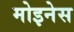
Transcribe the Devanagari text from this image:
मोइनेस